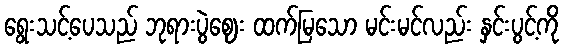
ရွေးသင့်ပေသည် ဘုရားပွဲဈေး ထက်မြသော မင်းမင်လည်း နှင်းပွင့်ကို